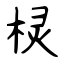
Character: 棂